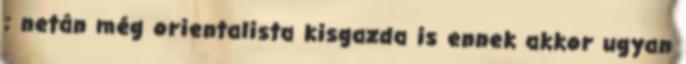
; netán még orientalista kisgazda is ennek akkor ugyan